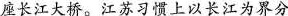
座长江大桥。江苏习惯上以长江为界分